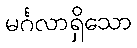
မင်္ဂလာရှိသော